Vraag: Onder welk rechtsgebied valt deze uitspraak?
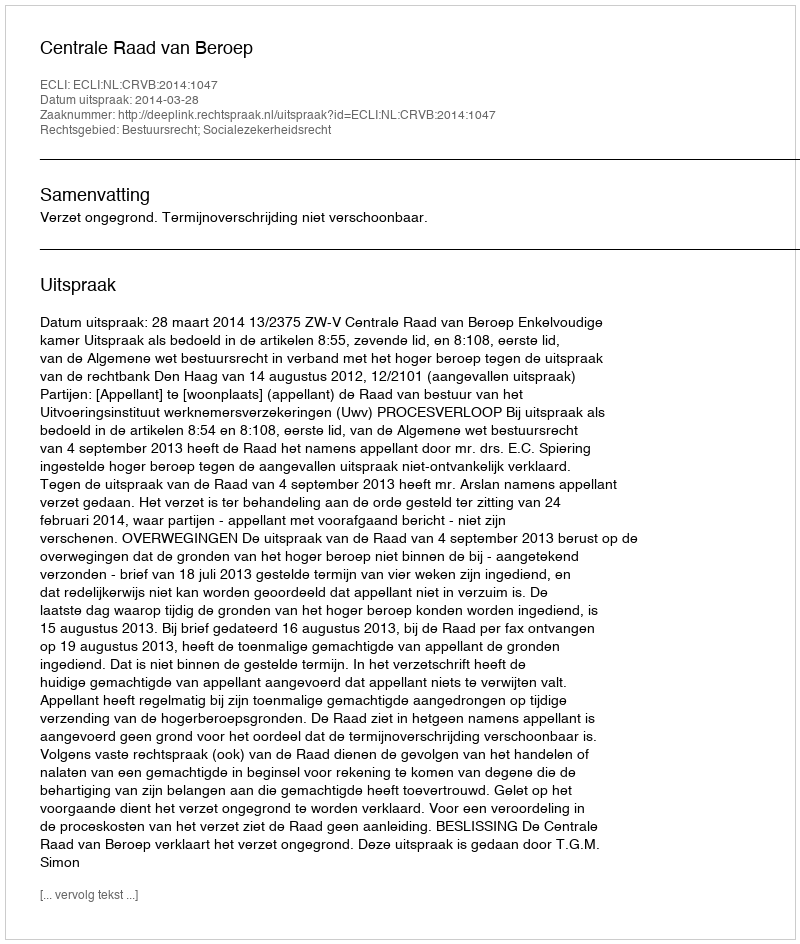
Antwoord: Bestuursrecht; Socialezekerheidsrecht